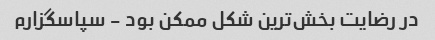
در رضایت بخش‌ترین شکل ممکن بود - سپاسگزارم